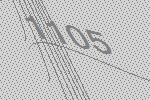
1105